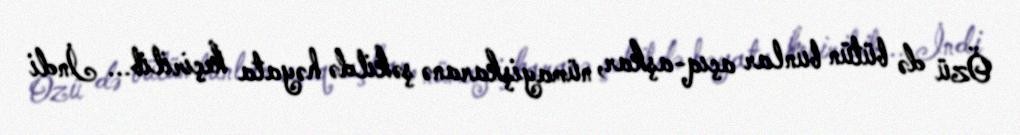
Özü də bütün bunlar açıq-aşkar, nümayişkaranə şəkildə həyata keçirilib... İndi